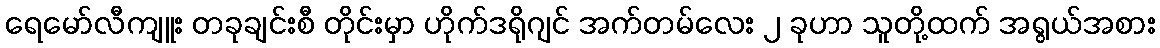
ရေမော်လီကျူး တခုချင်းစီ တိုင်းမှာ ဟိုက်ဒရိုဂျင် အက်တမ်လေး ၂ ခုဟာ သူတို့ထက် အရွယ်အစား